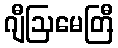
ဂျီဩမေတြီ